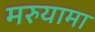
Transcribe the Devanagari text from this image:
मरुयामा